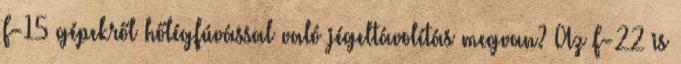
F-15 gépekről hőlégfúvással való jégeltávolítás megvan? Az F-22 is